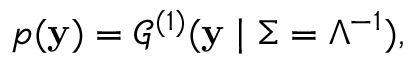
\begin{array} { r } { p ( \mathbf { y } ) = \mathcal { G } ^ { ( 1 ) } ( \mathbf { y } \mid \Sigma = \Lambda ^ { - 1 } ) , } \end{array}